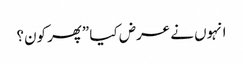
انہوں نے عرض کیا ”پھر کون؟